Specificity of antivenomous sera, with special reference to a serum prepared with the venom of Daboia russellii - Number 16
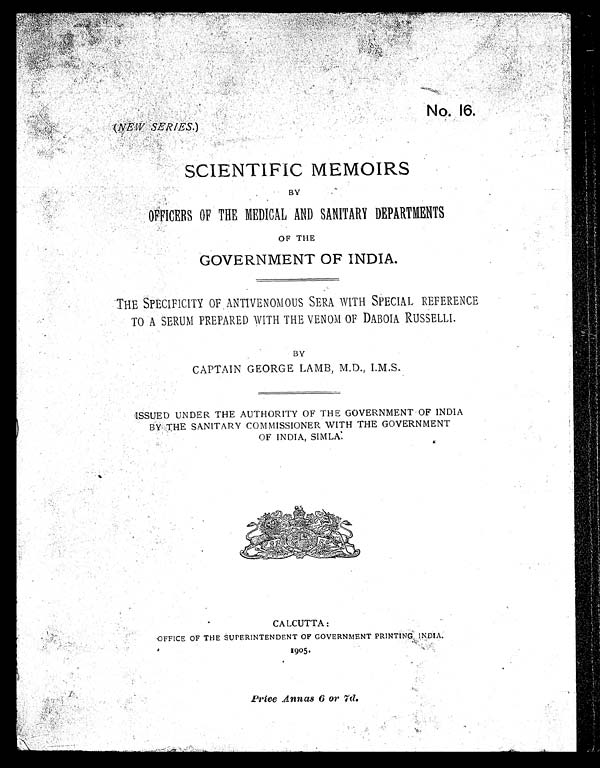
No. 16.
(NEW SERIES.)
SCIENTIFIC MEMOIRS
BY
OFFICERS OF THE MEDICAL AND SANITARY DEPARTMENTS
OF THE
GOVERNMENT OF INDIA.
THE SPECIFICITY OF ANTIVENOMOUS SERA WITH SPECIAL REFERENCE
TO A SERUM PREPARED WITH THE VENOM OF DABOIA RUSSELLI.
BY
CAPTAIN GEORGE LAMB, M.D., I.M.S.
ISSUED UNDER THE AUTHORITY OF THE GOVERNMENT OF INDIA
BY THE SANITARY COMMISSIONER WITH THE GOVERNMENT
OF INDIA, SIML
A.
CALCUTTA:
OFFICE OF THE SUPERINTENDENT OF GOVERNMENT PRINTING INDIA.
1905.
Price Annas 6 or 7d.